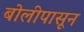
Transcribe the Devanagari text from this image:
बोलीपासून